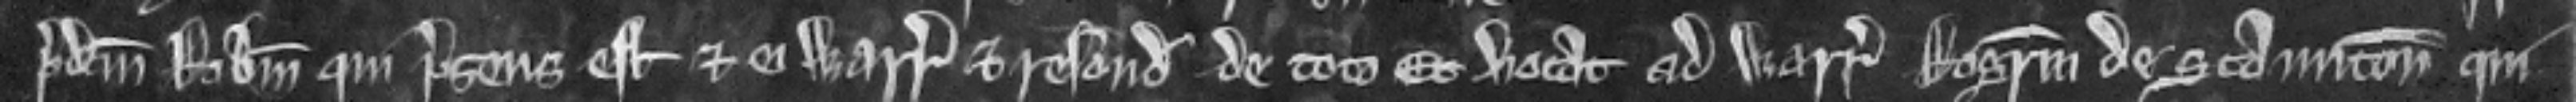
predictum Robertum qui presens est et ei warantizat et respondet de toto Et vocat ad warantum Rogerum de Staunton qui